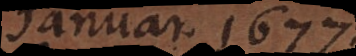
Januar 1677 I